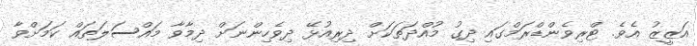
އަޒީޒު އެވެ. ޓްރިވެންޑްރަމްގައި ދިގު މުއްދަތަކަށް ދިރިއުޅޭ ދިވެހިންނަށް ދިމާވާ މައްސަލަތައް ކަމަށްވާ